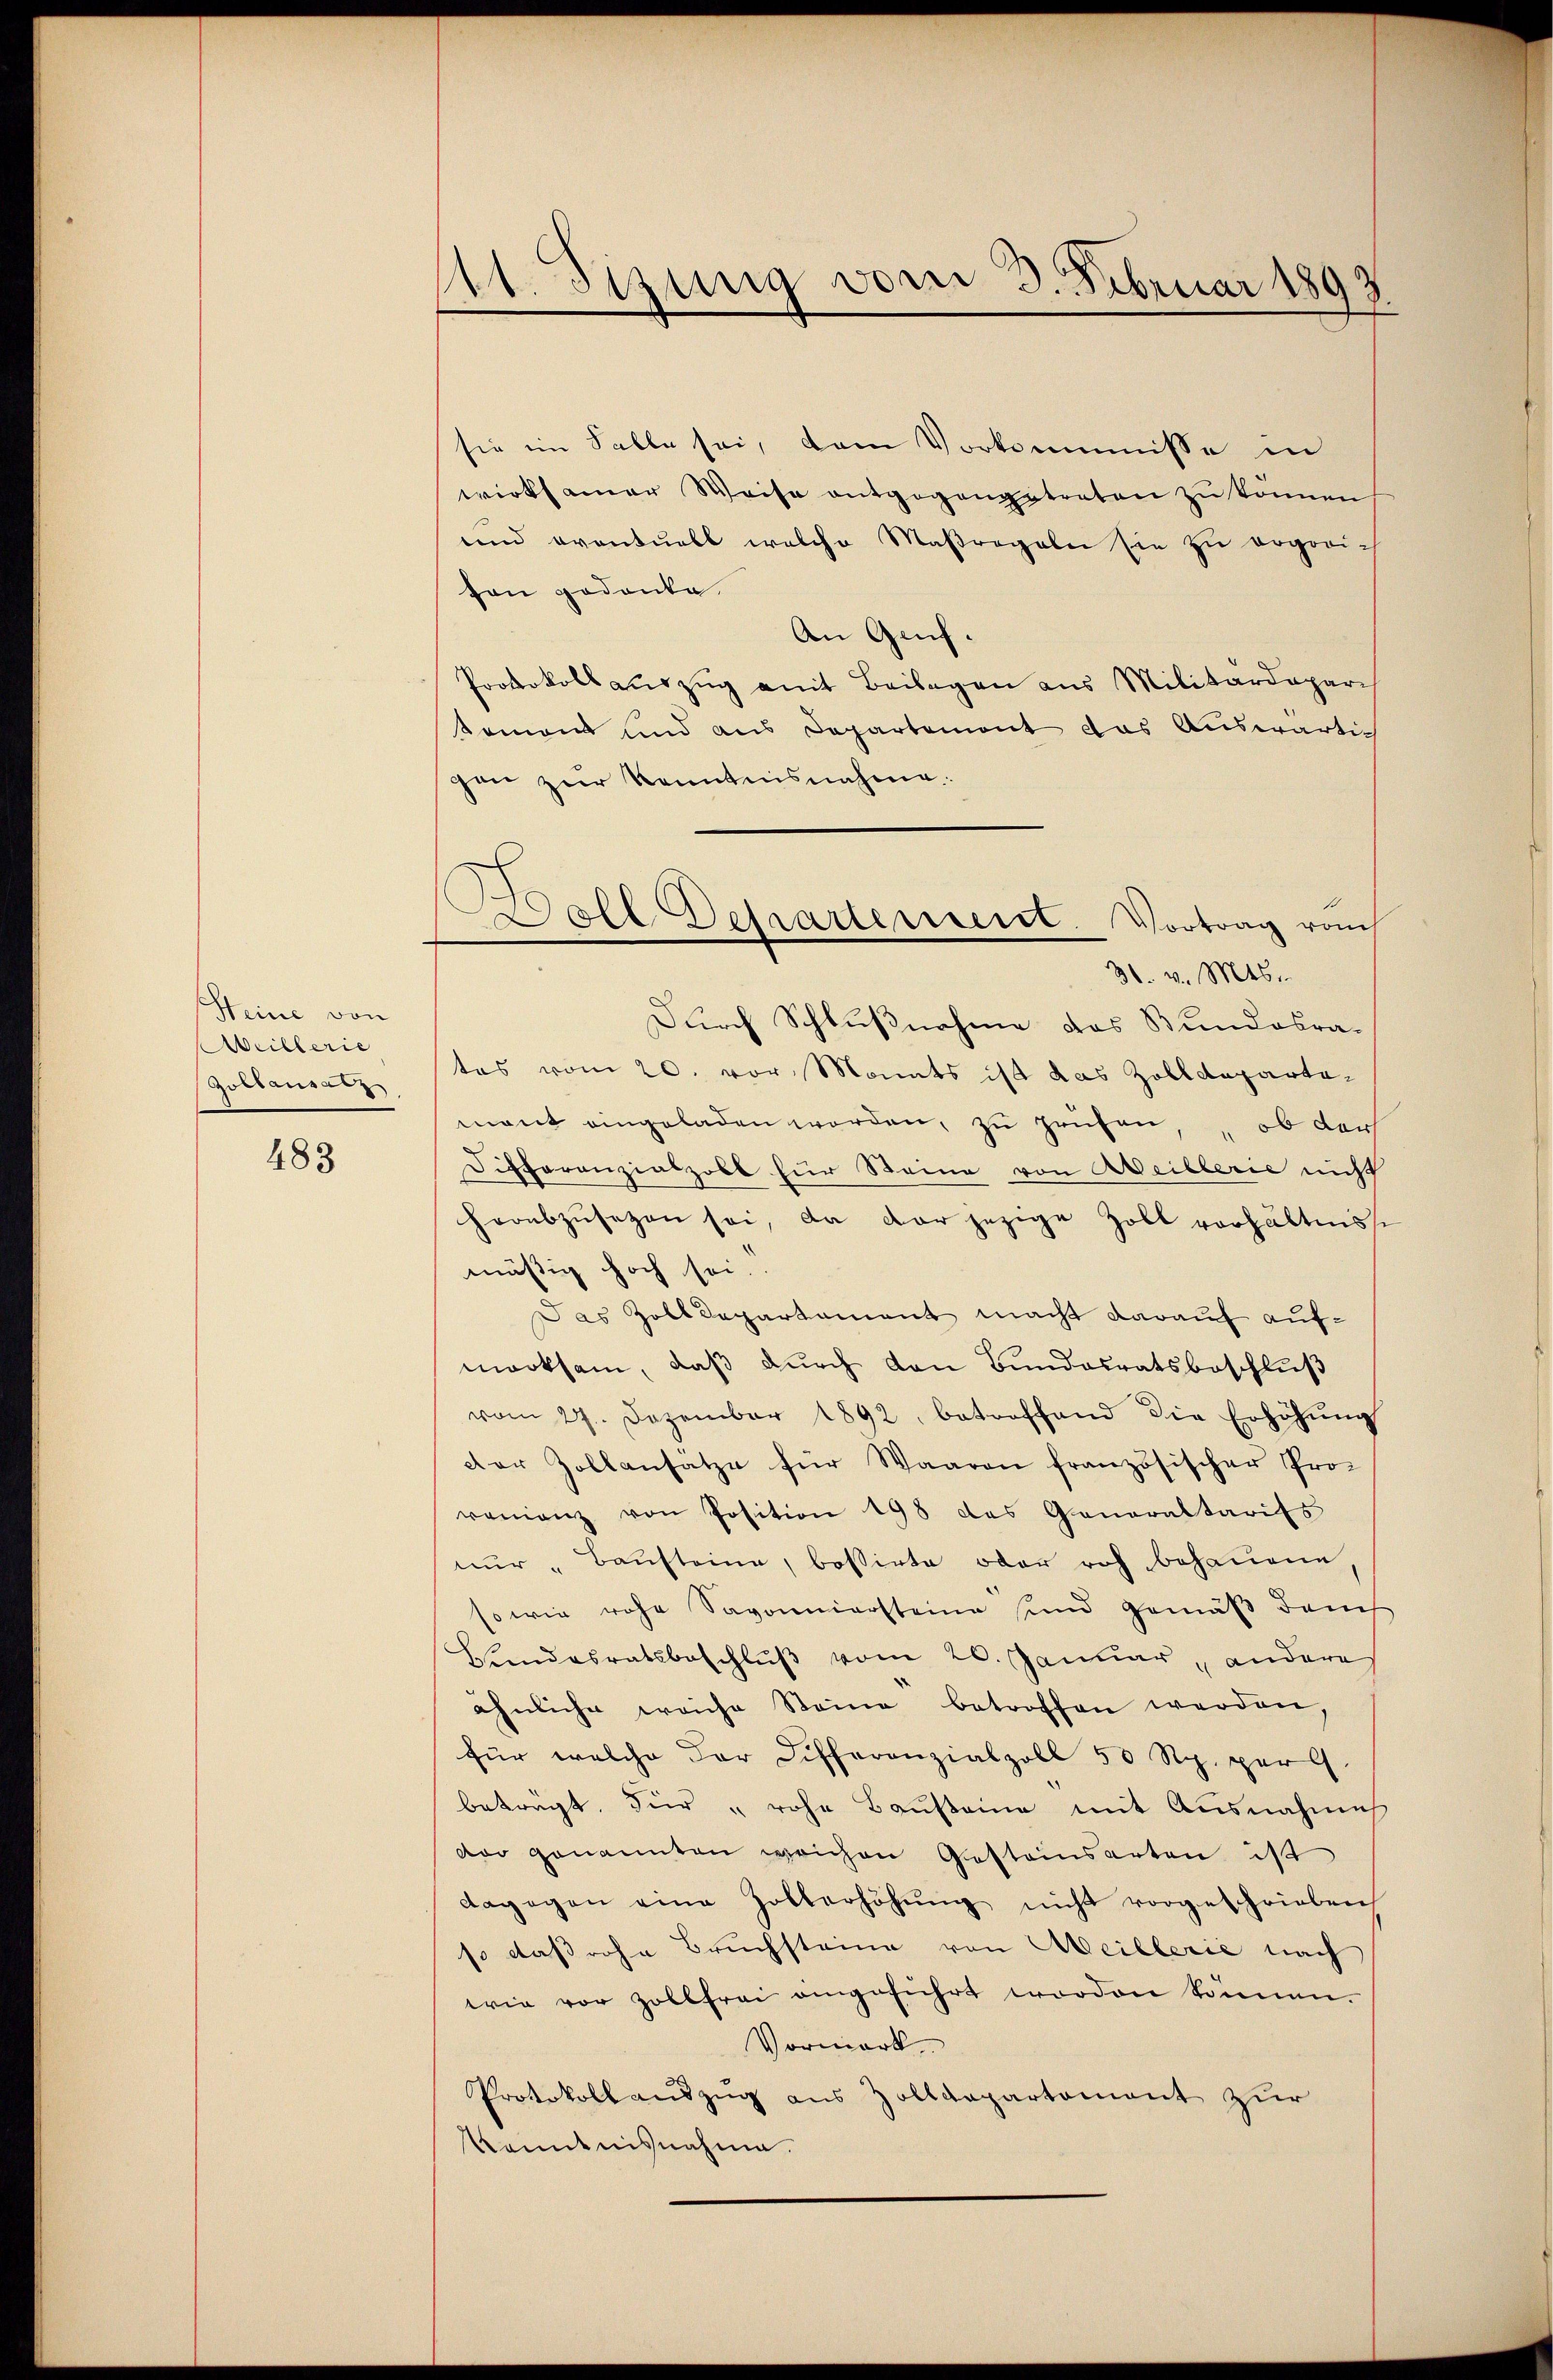
Steine von
Weillerie
Zoltansatz

483

111. Sizung vom 3. Februar 1893.

sie im Falle sei, dem Vorkommisse in
wirksamer Weise entgegengetreten zŭ können
und eventuell welche Maßregeln sie zu ergori-
ton gedanke.
An Genf.
Protokollauszug mit Beilagen aus Militärdepari
sement und aus Departement das Auswärtig
gen zur Kenntnisnahme:
Durch Schlußnahme das Stundesrates vom 20. vor Mants ist das Zolldepartemant eingeladen werden, zu prüfen, ob dar
Differanzialzobl für Steine von Meillerie nicht
horabzŭsetzen sei, da der jezige Zoll verhältniss
mäßig hoch sei.
Das Zolldepartament macht darauf aufmerksam, daß durch den Bundesratsbeschluß
vom 27. Dezember 1892, betroffend die Erhöhŭng
der Zollansatze für Waaren französischer Proramanz von Position 198 das Generaltarifs
nŭr " Bausteine, bassirte oder roh behauene
so wie rohe Savoniersteine sind gemäβ danch
Bandesratsbeschlŭβ vom 20. Januar andere
ähnliche weiche Steine betroffen werden.
für welche der Differanzialpoll 50 Rp. per 9.
beträgt. Für " rohe Bausteine mit Ausnahmes
dar genannten weichen Gestamsarten ist
dagegen eine Zollerhöhŭng nicht vorgeschrieben
so daß rohe Bruchsteine von Meillerie nach
wie vor Zollfrei angeführt worden können.
Vormark,
Protokollauszug aus Zolldepartement zur
Kenntnisnahme.

oll Detrartement. Vortrag rauch
31. v. Mts.